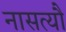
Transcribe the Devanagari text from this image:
नासत्यौ